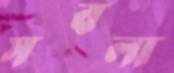
সবলা